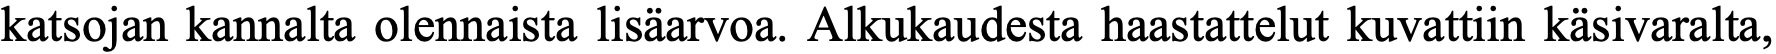
katsojan kannalta olennaista lisäarvoa. Alkukaudesta haastattelut kuvattiin käsivaralta,